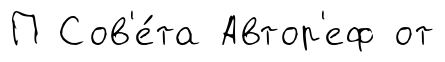
П Сов'е́та Автор'еф от